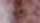
ستغدو